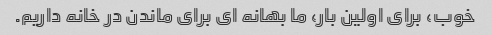
خوب، برای اولین بار، ما بهانه ای برای ماندن در خانه داریم.